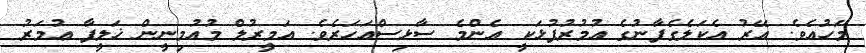
މަހުއެވެ. އޭރު އެކަލެގެފާނުގެ އުމުރުފުޅަކީ އެންމެ ސާޅިސްއަހަރެވެ. އަމީރުލް މުއުމިނީން ޚަލީފާ ޢުމަރު